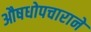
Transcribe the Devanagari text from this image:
औषधोपचाराने